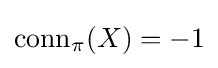
{\text{conn}}_{\pi }(X)=-1